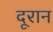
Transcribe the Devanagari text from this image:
दूरान